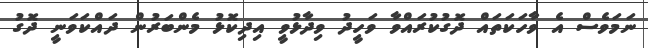
ނަމަވެސް އެ ވާހަކަތައް ދޮގުކުރައްވާ ވަހީދު ވިދާޅުވީ އިދިކޮޅު މެންބަރުން ދައްކަވަނީ ދޮގު